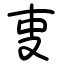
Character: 叓